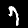
Label: 7